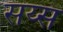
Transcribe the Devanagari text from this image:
सय्स